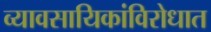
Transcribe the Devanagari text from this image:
व्यावसायिकांविरोधात